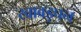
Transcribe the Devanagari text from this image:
खाबड़पन